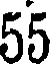
55